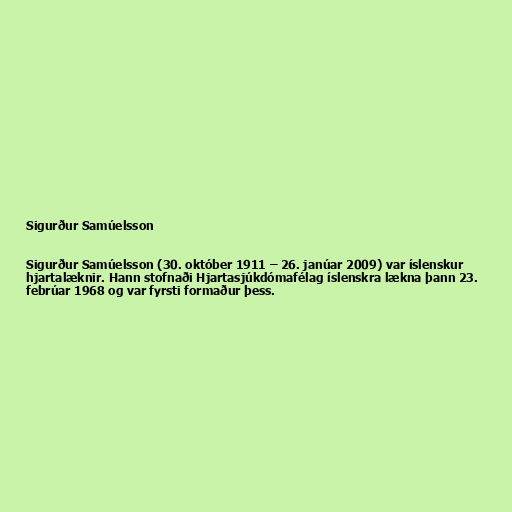
Sigurður Samúelsson

Sigurður Samúelsson (30. október 1911 – 26. janúar 2009) var íslenskur
hjartalæknir. Hann stofnaði Hjartasjúkdómafélag íslenskra lækna þann 23.
febrúar 1968 og var fyrsti formaður þess.